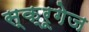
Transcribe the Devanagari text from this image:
स्क्रूगेज